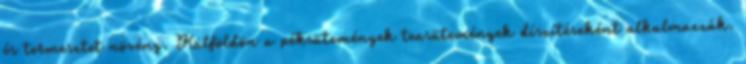
és termesztet növény. Külföldön a péksütemények teasütemények díszítéseként alkalmazzák.